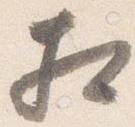
相